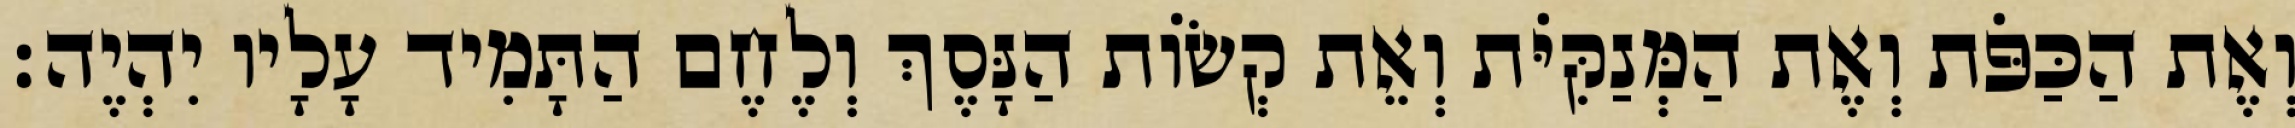
וְאֶת הַכַּפֹּת וְאֶת הַמְּנַקִּיֹּת וְאֵת קְשׂוֹת הַנָּסֶךְ וְלֶחֶם הַתָּמִיד עָלָיו יִהְיֶה׃